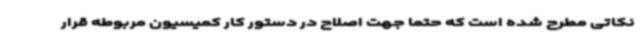
نکاتی مطرح شده است که حتما جهت اصلاح در دستور کار کمیسیون مربوطه قرار